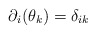
\begin{align*}\partial_{i}(\theta_{k})=\delta_{ik}\end{align*}